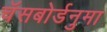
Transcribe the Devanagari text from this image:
चॅसबोर्डनुमा